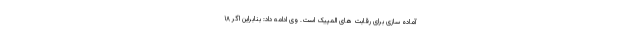
آماده سازی برای رقابت های المپیک است. وی ادامه داد: بنابراین اگر ۱۸